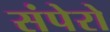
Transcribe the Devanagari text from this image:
संपेरो